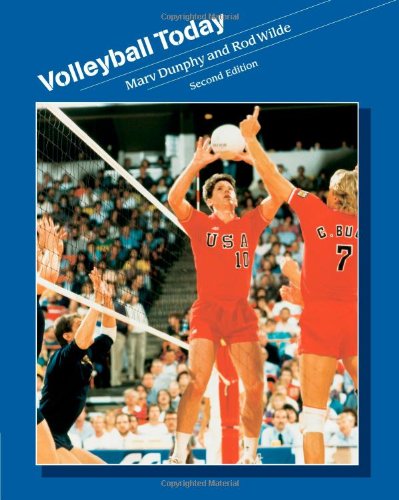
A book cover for Volleyball Today (Wadsworth Health Fitness); Marv Dunphy; Sports & Outdoors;